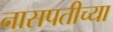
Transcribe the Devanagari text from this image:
नासपतीच्या